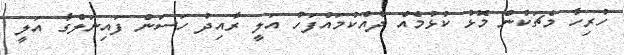
ހުރިހާ މެޗަކުން މޮޅު ކުޅުމެއް ދެއްކުމައްފަހު އަލީ ރާއިދު ހަސަން ފައިނަލްގާ އަލީ